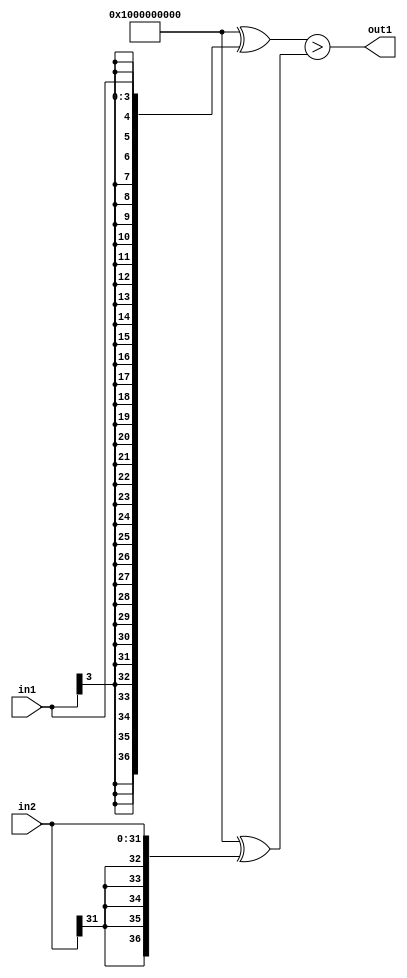
`timescale 1ps / 1ps
/*****************************************************************************
    Verilog RTL Description
    
    
    Created by: Stratus DpOpt 21.05.01 
*******************************************************************************/

module SobelFilter_LessThan_32Sx4S_1U_1 (
	in2,
	in1,
	out1
	); /* architecture "behavioural" */ 
input [31:0] in2;
input [3:0] in1;
output  out1;
wire  asc001;

assign asc001 = ((37'B1000000000000000000000000000000000000 ^ {{33{in1[3]}}, in1})>(37'B1000000000000000000000000000000000000
    ^ {{5{in2[31]}}, in2}));

assign out1 = asc001;
endmodule

/* CADENCE  uLTyTwg= : u9/ySxbfrwZIxEzHVQQV8Q== ** DO NOT EDIT THIS LINE ******/